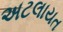
અટલાયત